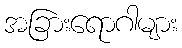
အခြားရောဂါများ